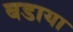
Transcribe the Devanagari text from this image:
बडाया